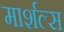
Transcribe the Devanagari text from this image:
मार्शल्स